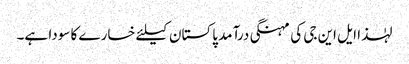
لہٰذا ایل این جی کی مہنگی درآمد پاکستان کیلئے خسارے کا سودا ہے۔